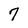
Character: 7